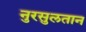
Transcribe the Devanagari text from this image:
नुरसुलतान